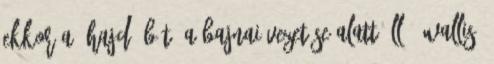
Ekkor a 'Hajdú-Bét' a Bajnai vezetése alatt álló 'Wallis'